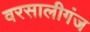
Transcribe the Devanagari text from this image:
वरसालीगंज